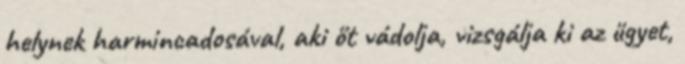
helynek harmincadosával, aki őt vádolja, vizsgálja ki az ügyet,